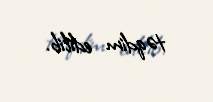
təqdim edilib.